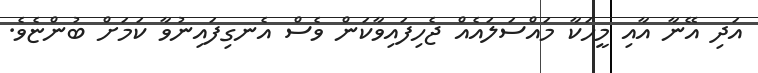
އަދި އޭނާ އާއި މީހަކާ މައްސަލައެއް ޖެހިފައިވާކަން ވެސް އެނގިފައިނުވާ ކަމަށް ބުންޏެވެ.